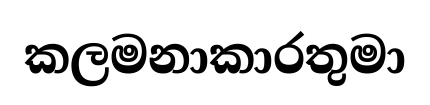
කලමනාකාරතුමා